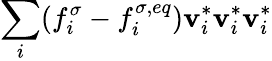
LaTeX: \sum_{i}(f_{i}^{\sigma}-f_{i}^{\sigma,eq})\mathbf{v}_{i}^{*}\mathbf{v}_{i}^{*}\mathbf{v}_{i}^{*}